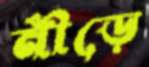
নীড়ে